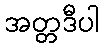
အတ္တဒီပါ